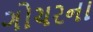
ગોચરના